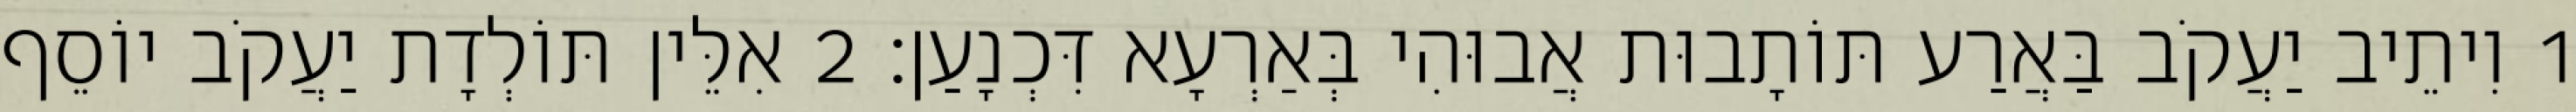
1 וִיתֵיב יַעֲקֹב בַּאֲרַע תּוֹתָבוּת אֲבוּהִי בְּאַרְעָא דִּכְנָעַן׃ 2 אִלֵּין תּוֹלְדָת יַעֲקֹב יוֹסֵף